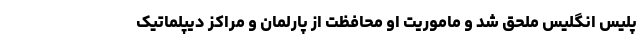
پلیس انگلیس ملحق شد و ماموریت او محافظت از پارلمان و مراکز دیپلماتیک